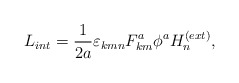
\begin{align*}L_{int} =\frac{1}{2a}\varepsilon _{kmn} F_{km}^a \phi ^a H_n^{(ext)},\end{align*}